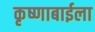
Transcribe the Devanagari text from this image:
कृष्णाबाईला